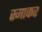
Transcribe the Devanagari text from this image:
स्‍माकर